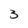
Character: 3